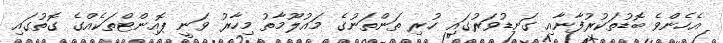
އެހެންވެ ބޮޑުތަކުރުފާނާއި ގަނޑުވަރުގައި ހުރި ތަންތަނުގެ މައުލޫމާތު މިހާރު ވަނީ ޕޮއިންޓްތަކެއްގެ ގޮތުގައި